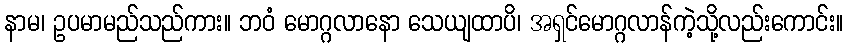
နာမ၊ ဥပမာမည်သည်ကား။ ဘဝံ မောဂ္ဂလာနော သေယျထာပိ၊ အရှင်မောဂ္ဂလာန်ကဲ့သို့လည်းကောင်း။